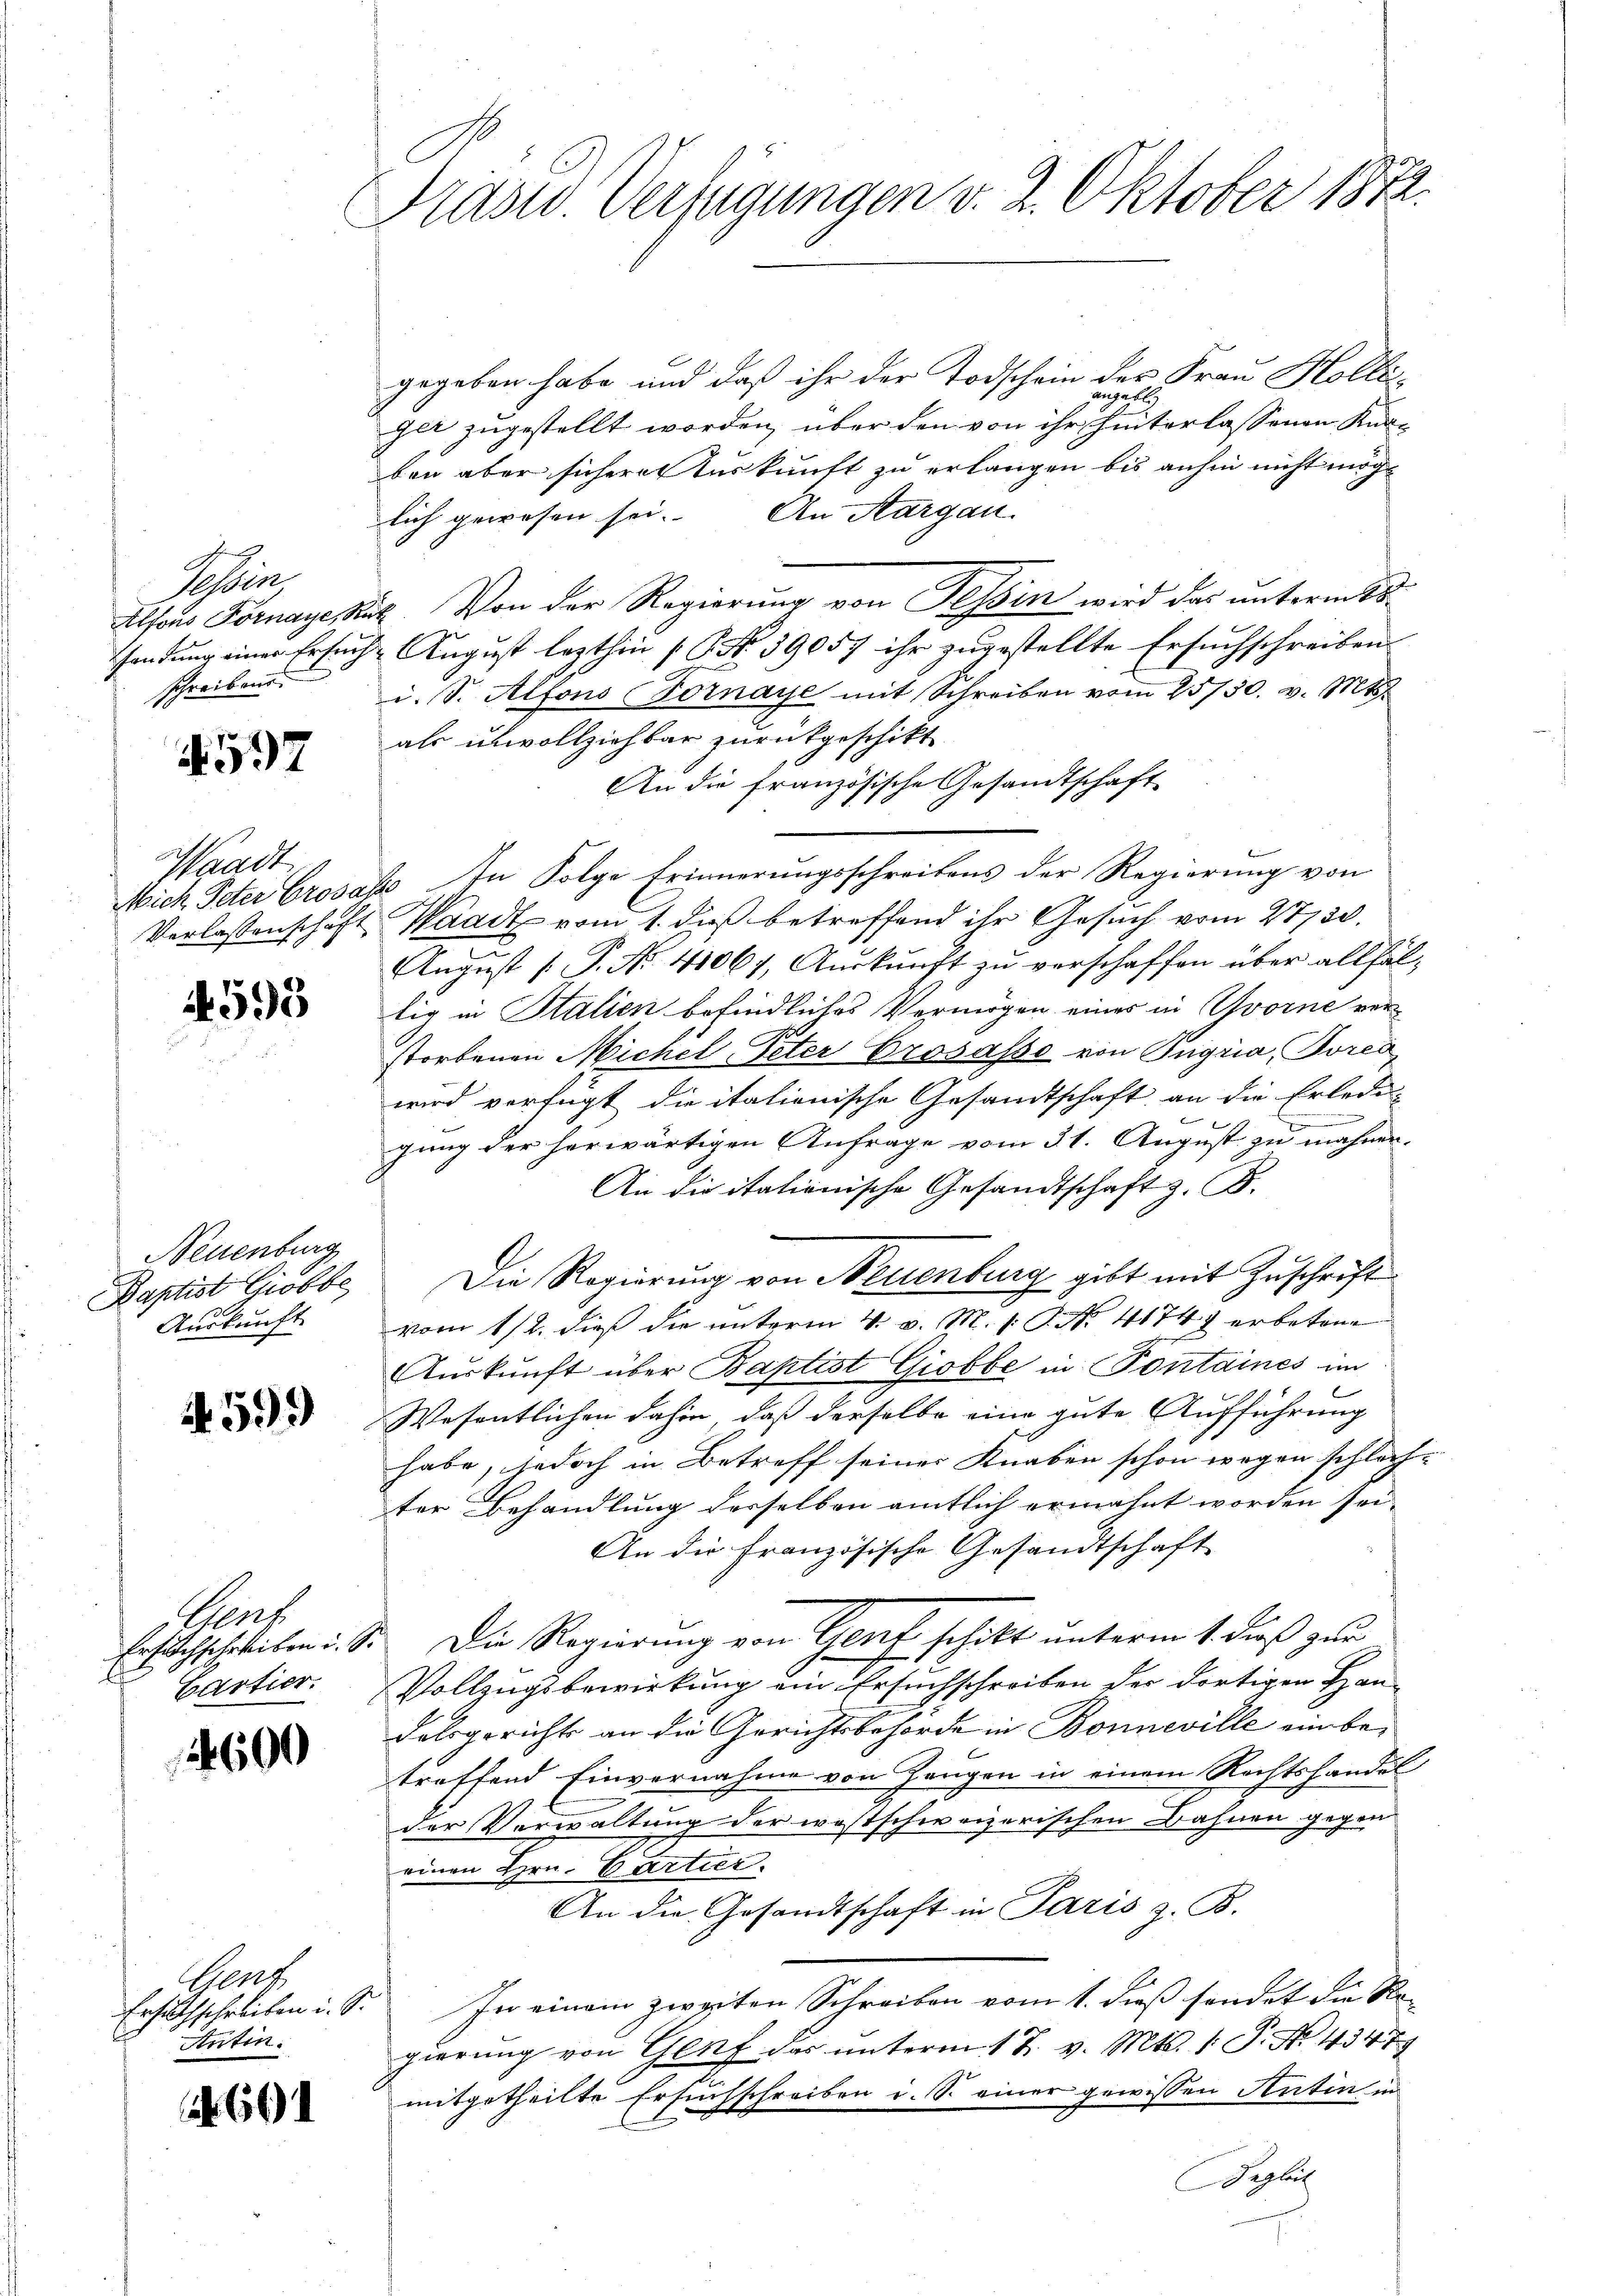
Tessin
sendung einer Erfin
schreiben.

4597

Waadt

4593

Neuenburg
Baptist Giobbe
Auskunft

4599

Genf
Erfurchscheiben u. S.
A
Cartier.

2600

ent
Antin.

66

Präsid. Verfügungen v. 2. Oktober 1872.

gegeben habe und daß ihr der Todschein der Frau Kollisangeblich
ger zugestellt worden, über den von ihr hinterlassenen Kurben aber sicheres turkunft zu erlangen bis anhin nicht möglich gewesen sei. An Aargau.
Alhaus Fornayeut. Von der Regierung von Tessin wird das untermits¬
Dr. August lezthin 16 No. 39057 ihr zugestellte Ersuchschreiben
i. S. Alfons Fornaye mit Schreiben vom 25/30. v. Mts.
als unvollziehbar zurückgeschikt
An die französische Gesandtschaft
Mich Peter Grosabo In Folge Erinnerungsschreibens der Regierung von
Verlassenschaft Waadt vom 1. daß betreffend ihr Gesuch vom 27750.
August [P. Nr. 41061, Auskunft zu verschaffen über allfältig in Stalien befindliches Vermögen eines in vorne verstorbenen Michil-Peter Crosasso von Tugria, Tores,
wird verfügt die italienische Gesandtschaft an die Erledi
n
gung der herwärtigen Anfrage vom 31. August zu mahner-
An die italienische Gesandtschaft z. B.
Die Regierung von Neuenburg gibt mit Zuschrift
vom 11/2. dieß die unterm 4. v. M. v. P. Nr. 41747 erbetene
Aŭskŭnft über Baptist Giobbe in Fontaines im
1
Wesentlichen dahin, daß derselbe eine gute Aufführung
habe, jedoch in Betreff seiner Knaben schon wegen schlachter Behandlung derselben amtlich ermahnt worden sei.
An die französische Gesandtschaft
Die Regierung von Genf schikt unterm 1. dieß zur
Vollzugsbewirkung ein Ersuchschreiben der dortigen Handalsgerichts an die Gerichtsbehörde in Bonneville ein be-
treffend Einvernahme von Hangen in einem Rechtshandel
der Verwaltung der westschweizerischen Bahnen gegen
einen Hrn. Cartier.
An die Gesandtschaft in Paris z. B.
Ersuchschreiben u. S. In einem zweiten Schreiben vom 1. dieß sendet die Regierung von Genf das unterm 17. v. Mts. 1. P. Nr. 43479
mitgetheilte Ersuchschreiben i. S. einer gewissen Antin in
Seglich